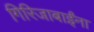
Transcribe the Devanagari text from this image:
गिरिजाबाईंना